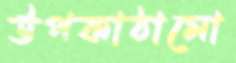
উপকাঠামো